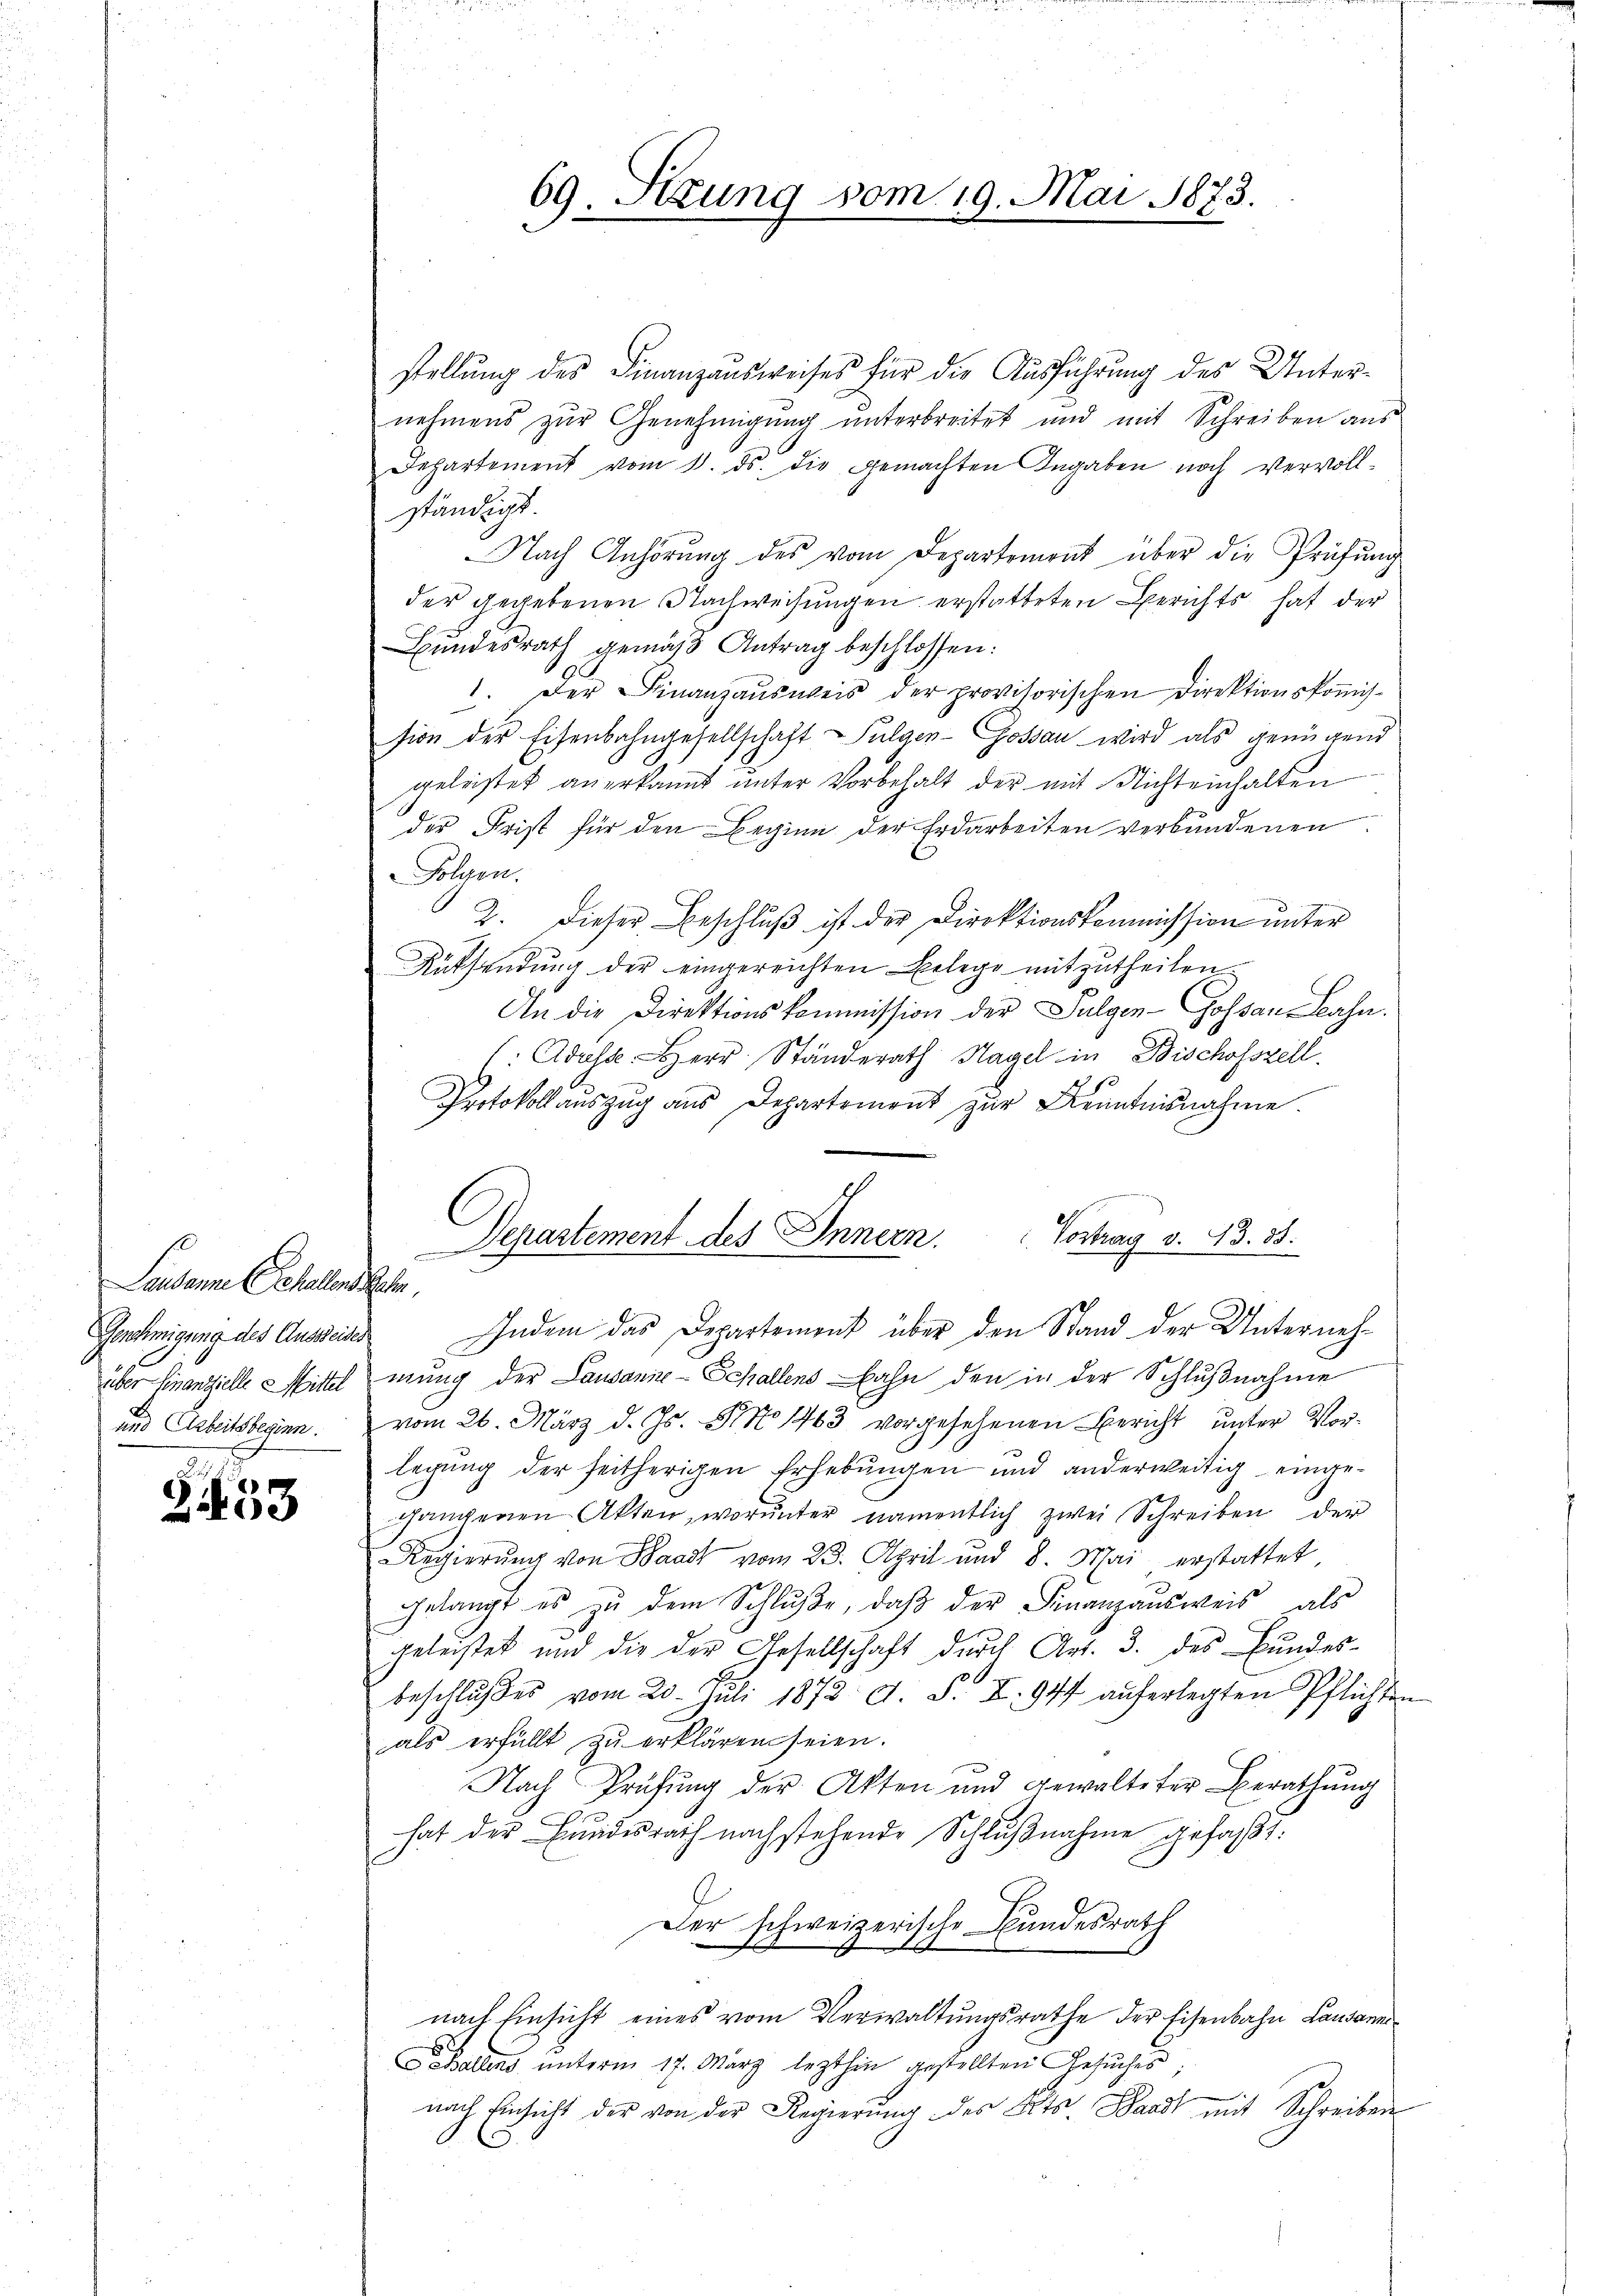
Lausanne Schallens Bahn.
Genehmigung des Ausweises

2453

stellung des Finanzausweises für die Ausführung des Unternehmens zur Genehmigung unterbreitet und mit Schreiben aus
Departement vom 1. ds. die gemachten Angaben noch vervoll-
ständigt.
Nach Anhörung des vom Departement über die Prüfŭng
der gegebenen Nachweisungen erstatteten Gerichts hat der
Bŭndesrath gemäβ Antrag beschlossen:
1. Der Finanzausweis der provisorischen Direktionskomission der Eisenbahngesellschaft Sulgen-Gossau wird als genügend
geleistet anerkannt unter Vorbehalt der mit Nichteinhalten
der Frist für den Beginn der Erdarbeiten verbundenen:
Folgen.
2. dieser Beschluß ist der Direktionskommission unter
Rüksendung der eingereichten Belege mitzutheilen.
An die Direktionskommission der Sulgen-Gossan Bahn.
Adass Herr Ständerath Hagel in Bischofszell
Protokoll auszug aus Departement zur Kenntnisnahme.
Vortrag v. 13. 38.
Departement des Innern.
Indem das Departement über den Stand der Unternehüber Finanzielle Mittel mung der Lausanne - Schallens Bahn den in der Schlußnahme
und Arbeitsberinn vom 26. März d. Js. No 1463 vorgesehenen Bericht unter Vorlegŭng der seitherigen Erhebŭngen und anderweitig eingegangenen Akten, worunter namentlich zwei Schreiben der
Regierŭng von Baad vom 23. April und 8. Mai erstattet
gelangt es zŭ dem Schlŭβe, daβ der Finanzausweis als
geleistet und die der Gesellschaft durch Art. 3. des Bundes-
beschlŭβes vom 20. Juli 1872 d. d. I. 944 aŭferlegten Pflichten
als erfüllt zu erklären seien.
Nach Prüfung der Akten und Gewalteter Berathŭng
hat der Bundesrath nachstehende Schlußnahme gefaßt:
Der schweizerische Bundesrath
nach Einsicht eines vom Verwaltungsrathe der Eisenbahn Lausanne
Ballens unterm 17. März lezthin gestellten Gesuches
nach Einsicht der von der Regierung des Kts Waadt mit Schreiben

69. Setzung vom 19. Mai 1873.